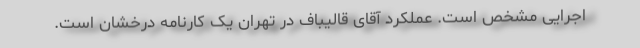
اجرایی مشخص است. عملکرد آقای قالیباف در تهران یک کارنامه درخشان است.